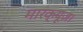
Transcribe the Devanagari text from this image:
मारक्यूज़।